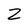
Character: Z